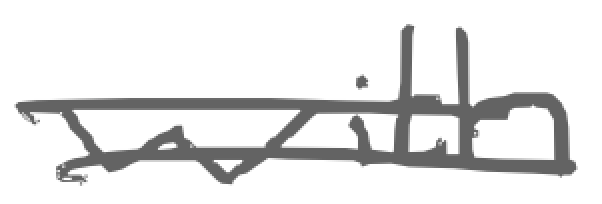
Text: with
Cross-out: double-line
Writing tool: digital_gray